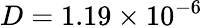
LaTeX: D=1.19\times 10^{-6}